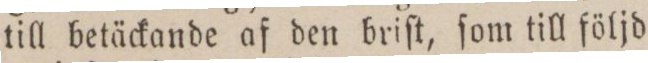
till betäckande af den briſt, ſom till följd